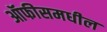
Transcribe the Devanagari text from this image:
ऑफीसमधील